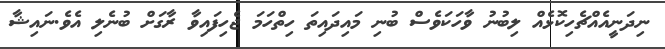
ނިދަނީއެއްޗެހިކޮޅެއް ލިބުނު ވާހަކަވެސް ބުނި މައިދައިތަ ހިތްހަމަ ޖެހިފައިވާ ރާގަށް ބުނެލި އެވެ.ނައިޝާ